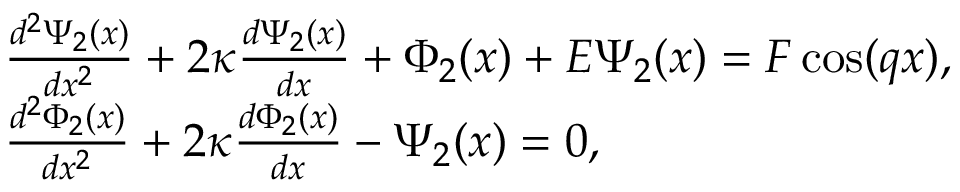
\begin{array} { r l } & { \frac { { { d ^ { 2 } } \Psi _ { 2 } ( x ) } } { { d { x ^ { 2 } } } } + 2 \kappa \frac { { d \Psi _ { 2 } ( x ) } } { { d x } } + \Phi _ { 2 } ( x ) + E \Psi _ { 2 } ( x ) = F \cos ( q x ) , } \\ & { \frac { { { d ^ { 2 } } \Phi _ { 2 } ( x ) } } { { d { x ^ { 2 } } } } + 2 \kappa \frac { { d \Phi _ { 2 } ( x ) } } { { d x } } - \Psi _ { 2 } ( x ) = 0 , } \end{array}